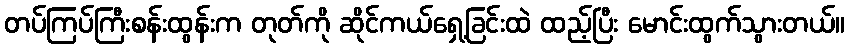
တပ်ကြပ်ကြီးစန်းထွန်းက တုတ်ကို ဆိုင်ကယ်ရှေ့ခြင်းထဲ ထည့်ပြီး မောင်းထွက်သွားတယ်။